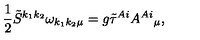
\frac { 1 } { 2 } \tilde { S } ^ { k _ { 1 } k _ { 2 } } \omega _ { k _ { 1 } k _ { 2 } \mu } = g \tilde { \tau } ^ { A i } A ^ { A i } { } _ { \mu } ,